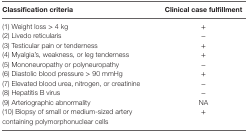
<table><thead><tr><td><b>Classification criteria</b></td><td><b>Clinical case fulfillment</b></td></tr></thead><tbody><tr><td>(1) Weight loss &gt; 4 kg</td><td>+</td></tr><tr><td>(2) Livedo reticularis</td><td>−</td></tr><tr><td>(3) Testicular pain or tenderness</td><td>+</td></tr><tr><td>(4) Myalgia’s, weakness, or leg tenderness</td><td>+</td></tr><tr><td>(5) Mononeuropathy or polyneuropathy</td><td>−</td></tr><tr><td>(6) Diastolic blood pressure &gt; 90 mmHg</td><td>+</td></tr><tr><td>(7) Elevated blood urea, nitrogen, or creatinine</td><td>−</td></tr><tr><td>(8) Hepatitis B virus</td><td>−</td></tr><tr><td>(9) Arteriographic abnormality</td><td>NA</td></tr><tr><td>(10) Biopsy of small or medium-sized artery containing polymorphonuclear cells</td><td>+</td></tr></tbody></table>